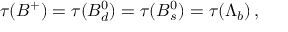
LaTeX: \tau ( B ^ { + } ) = \tau ( B _ { d } ^ { 0 } ) = \tau ( B _ { s } ^ { 0 } ) = \tau ( \Lambda _ { b } ) \, ,